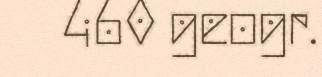
460 geogr.